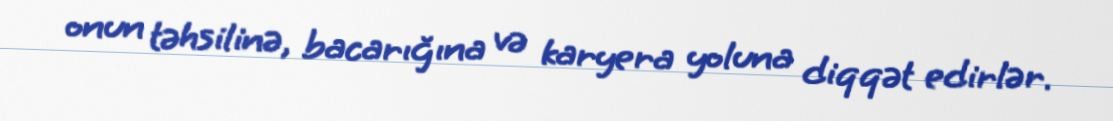
onun təhsilinə, bacarığına və karyera yoluna diqqət edirlər.